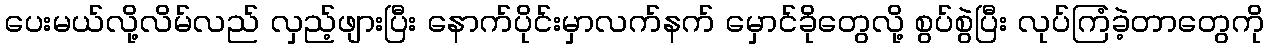
ပေးမယ်လို့လိမ်လည် လှည့်ဖျားပြီး နောက်ပိုင်းမှာလက်နက် မှောင်ခိုတွေလို့ စွပ်စွဲပြီး လုပ်ကြံခဲ့တာတွေကို